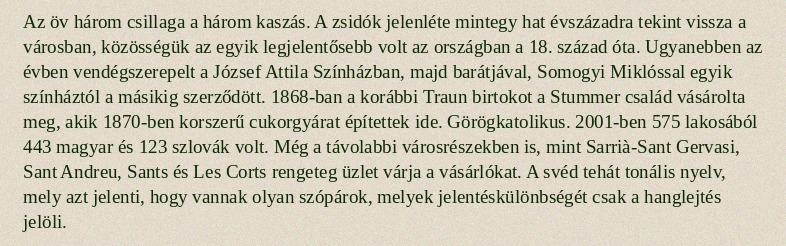
Az öv három csillaga a három kaszás. A zsidók jelenléte mintegy hat évszázadra tekint vissza a városban, közösségük az egyik legjelentősebb volt az országban a 18. század óta. Ugyanebben az évben vendégszerepelt a József Attila Színházban, majd barátjával, Somogyi Miklóssal egyik színháztól a másikig szerződött. 1868-ban a korábbi Traun birtokot a Stummer család vásárolta meg, akik 1870-ben korszerű cukorgyárat építettek ide. Görögkatolikus. 2001-ben 575 lakosából 443 magyar és 123 szlovák volt. Még a távolabbi városrészekben is, mint Sarrià-Sant Gervasi, Sant Andreu, Sants és Les Corts rengeteg üzlet várja a vásárlókat. A svéd tehát tonális nyelv, mely azt jelenti, hogy vannak olyan szópárok, melyek jelentéskülönbségét csak a hanglejtés jelöli.